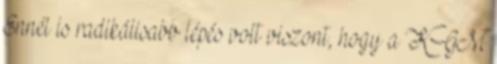
Ennél is radikálisabb lépés volt viszont, hogy a KGM